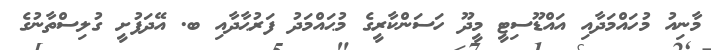
މާނިއު މުހައްމަދާއި އައްޑޫސިޓީ މީދޫ ހަސަންކާރީގެ މުޙައްމަދު ފަރުޙާދާއި ބ. އޭދަފުށީ ގުލިސްތާނުގެ